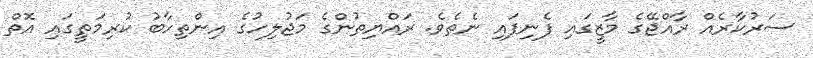
ސަރުކާރެއް ރާއްޖޭގެ މާޒީގައި ފެނިފައި ނެތެވެ. ރައްޔިތުންގެ މަޖުލިހުގެ އިންތިހާބު ކުރިމަތީގައި އޮތް